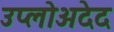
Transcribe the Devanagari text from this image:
उप्लोअदेद